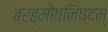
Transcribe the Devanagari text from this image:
ब्रह्मौपनिषदम्